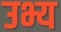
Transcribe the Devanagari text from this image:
उभ्य